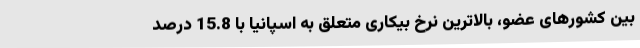
بین کشورهای عضو، بالاترین نرخ بیکاری متعلق به اسپانیا با 15.8 درصد